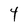
Character: 4